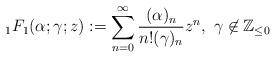
LaTeX: \begin{align*}_{1}F_{1}(\alpha;\gamma;z):=\sum_{n=0}^{\infty}\frac{(\alpha)_{n}}{n!(\gamma)_{n}}z^{n}, \ \gamma\not\in \mathbb{Z}_{\leq 0}\end{align*}